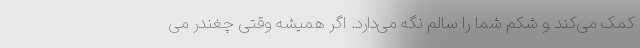
کمک می‌کند و شکم شما را سالم نگه می‌دارد. اگر همیشه وقتی چغندر می